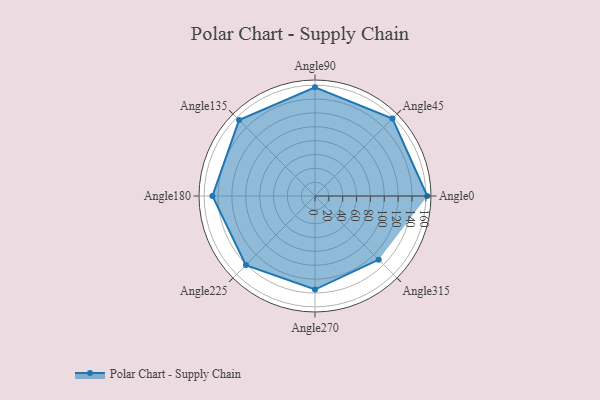
{"axis": {"x": "Angle", "y": "Radius"}, "legend": [""], "data": [{"x": "Angle0", "y": 162.0, "type": ""}, {"x": "Angle45", "y": 158.0, "type": ""}, {"x": "Angle90", "y": 157.0, "type": ""}, {"x": "Angle135", "y": 155.0, "type": ""}, {"x": "Angle180", "y": 148.0, "type": ""}, {"x": "Angle225", "y": 141.0, "type": ""}, {"x": "Angle270", "y": 135.0, "type": ""}, {"x": "Angle315", "y": 130.0, "type": ""}]}